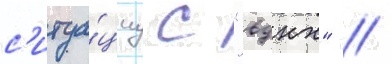
с'итуа́циу с "вднх" //